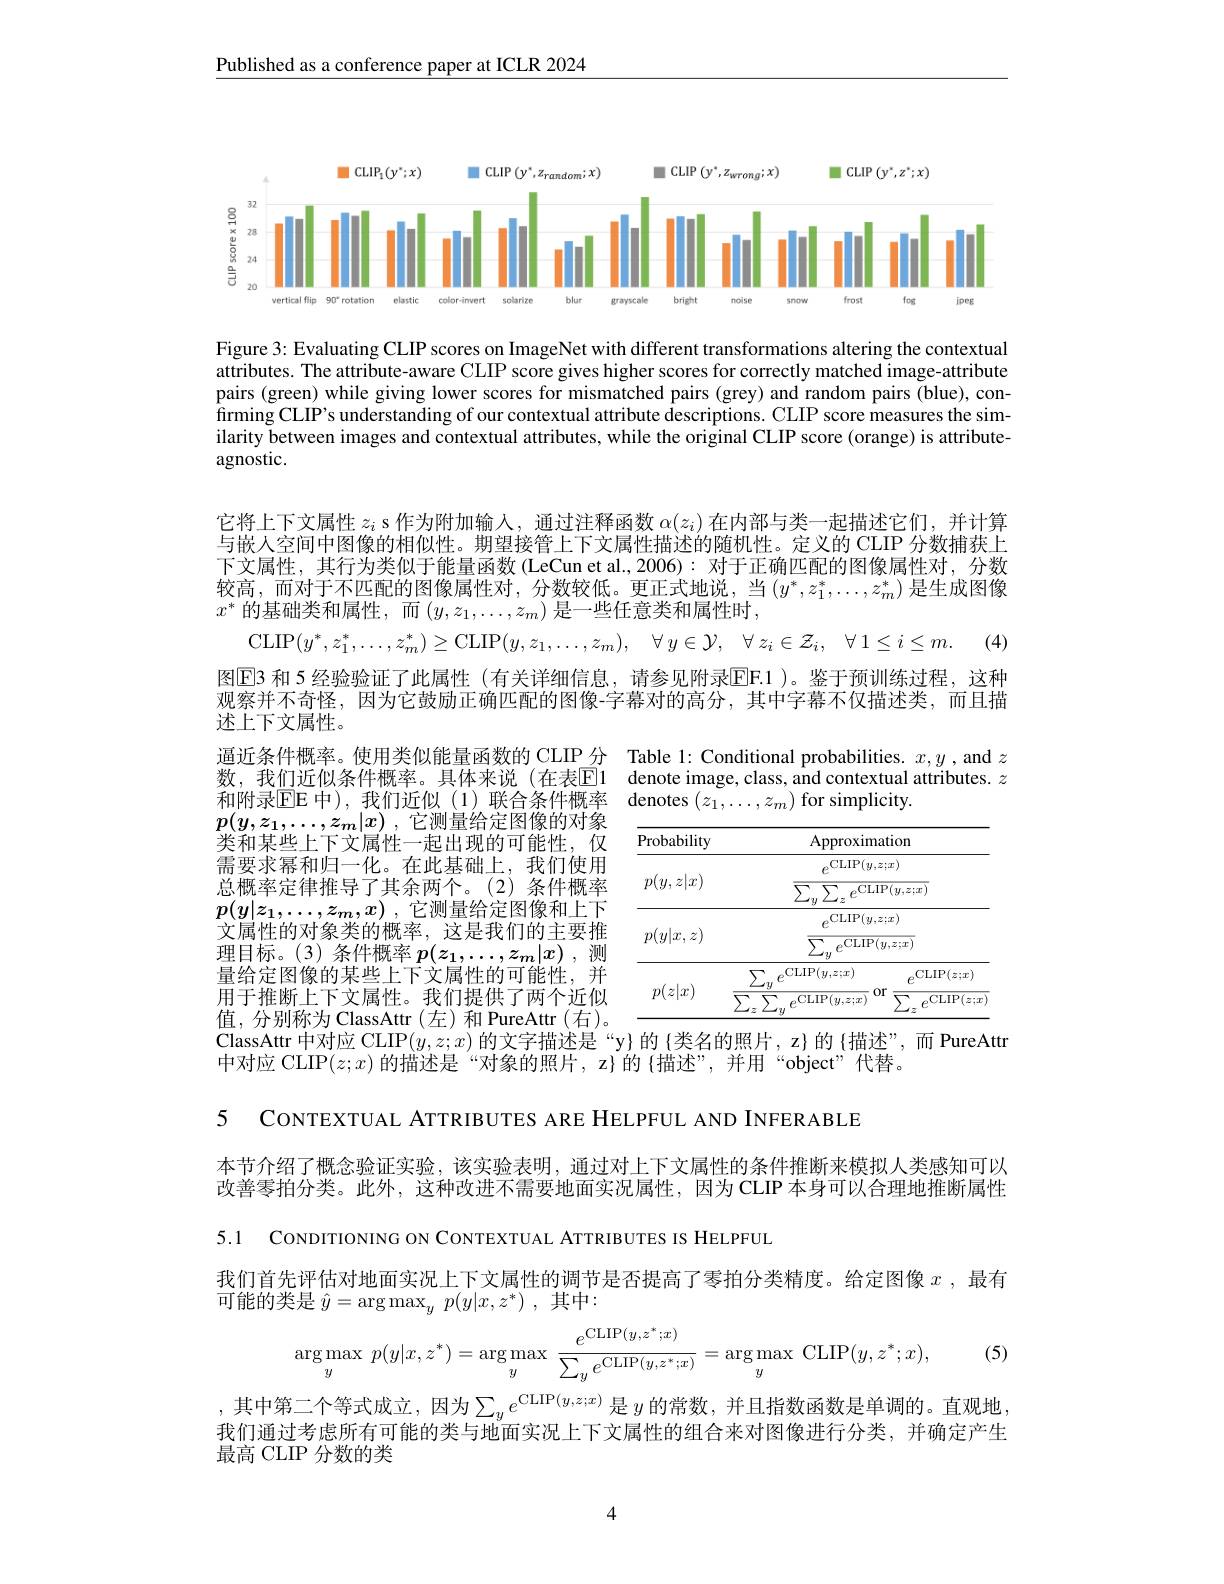
$\underline{\text{Published as a conference paper at ICLR 2024}}$

<FigureHere>

Figure 3: Evaluating CLIP scores on ImageNet with different transformations altering the contextual attributes. The attribute-aware CLIP score gives higher scores for correctly matched image-attribute pairs (green) while giving lower scores for mismatched pairs (grey) and random pairs (blue), confirming CLIP's understanding of our contextual attribute descriptions. CLIP score measures the similarity between images and contextual attributes, while the original CLIP score (orange) is attributeagnostic.

它将上下文属性$z_i$ s 作为附加输入，通过注释函数$\alpha(z_i)$在内部与类一起描述它们，并计算与嵌人空间中图像的相似性。期望接管上下文属性描述的随机性。定义的 CLIP 分数捕获上下文属性，其行为类似于能量函数(LeCun et al.,2006):对于正确匹配的图像属性对，分数$\begin{array}{c}\text{较高，而对于不匹配的图像属性对，分数较低。更正式地说，当}\left(y^{*},z_{1}^{*},\ldots,z_{m}^{*}\right)\\x^{*}\text{ 的基础类和属性，而}\left(y,z_{1},\ldots,z_{m}\right)\text{是一些任意类和属性时，}\end{array}$是生成图像
CLIP$(y^{*},z_{1}^{*},\ldots,z_{m}^{*})\geq$CLIP$( y, z_{1}, \ldots , z_{m}) $, $\forall y\in \mathcal{Y} $, $\forall z_{i}\in \mathcal{Z} _{i}$, $\forall 1\leq i\leq m.$ (4) 图$\boxed{\mathrm{E}}3$ 和 5 经验验证了此属性 (有关详细信息，请参见附录$\boxed{\mathrm{F}}.1)$。鉴于预训练过程，这种观察并不奇怪，因为它鼓励正确匹配的图像-字幕对的高分，其中字幕不仅描述类，而且描述上下文属性。
通近条件概率。使用类似能量函数的 CLIP 分 Table 1: Conditional probabilities. $x,y$ , and $z$

数，我们近似条件概率。具体来说(在表$\overline{\mathrm{E}}$1 denote image,class,and contextual attributes. $z$
和附录$\operatorname{EE}$ 中),我们近似(1)联合条件概率 denotes $(z_1,\ldots,z_m)$ for simplicity.

$p( y, z_1, \ldots , z_m| x)$ ,它测量给定图像的对象类和某些上下文属性一起出现的可能性，仅需要求幂和归一化。在此基础上，我们使用总概率定律推导了其余两个。(2)条件概率$p( y| z_1, \ldots , z_m, x)$ ,它测量给定图像和上下文属性的对象类的概率，这是我们的主要推理目标。(3) 条件概率$p(z_1,\ldots,z_m|x)$测量给定图像的某些上下文属性的可能性，并$\overline{\text{用于推断上下文属性。我们提供了两个近似}}$ 值，分别称为 ClassAttr(左)和 PureAttr(右)。ClassAttr 中对应 CLIP$(y,z;x)$的文字描述是“y}的{类名的照片，z}的{描述”,而 PureAttr
中对应 CLIP$(z;x)$的描述是“对象的照片，z}的{描述”,并用“object”代替。

<table>
	<tbody>
		<tr>
			<th>Probability</th>
			<th>Approximation</th>
		</tr>
		<tr>
			<td>$p(y,z|x)$</td>
			<td>CLIP$( y, z; x)$ $e^{\mathrm{CLIP}(y,z;x)}$</td>
		</tr>
		<tr>
			<td>$p(y|x,z)$</td>
			<td>,CLIP$(y,z;x)$ $x^{\prime}$ ${\overline{\mathrm{CLIP}(y,z;x}}$</td>
		</tr>
		<tr>
			<td> </td>
			<td>$\rho$CLIP$(y,z;x)$ CLIP$( z; x)$</td>
		</tr>
		<tr>
			<td>$p(z|x)$</td>
			<td>$0r$ ,CLIP$(y,z;x)$ CLIP$( z; x]$</td>
		</tr>
	</tbody>
</table>

5 CONTEXTUAL ATTRIBUTES ARE HELPFUL AND INFERABLE

本节介绍了概念验证实验，该实验表明，通过对上下文属性的条件推断来模拟人类感知可以改善零拍分类。此外，这种改进不需要地面实况属性，因为 CLIP 本身可以合理地推断属性5.1 CONDITIONING ON CONTEXTUAL ATTRIBUTES IS HELPFUL
我们首先评估对地面实况上下文属性的调节是否提高了零拍分类精度。给定图像$x$ , 最有
可能的类是$\hat{y} = \arg \max _yp( y| x, z^* )$ ,其中：
$$\arg\max_{y}\:p(y|x,z^*)=\arg\max_{y}\:\frac{e^{\text{CLIP}(y,z^*;x)}}{\sum_{y}e^{\text{CLIP}(y,z^*;x)}}=\arg\max_{y}\:\text{CLIP}(y,z^*;x),$$
(5)

,其中第二个等式成立，因为$\sum_ye^\mathrm{CLIP}(y,z;x)$是$y$的常数，并且指数函数是单调的。直观地， 我们通过考虑所有可能的类与地面实况上下文属性的组合来对图像进行分类，并确定产生最高 CLIP 分数的类

4